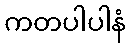
ကတပါပါနံ